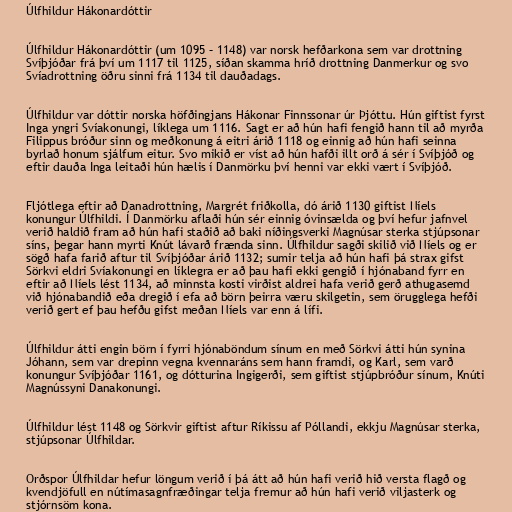
Úlfhildur Hákonardóttir

Úlfhildur Hákonardóttir (um 1095 – 1148) var norsk hefðarkona sem var drottning
Svíþjóðar frá því um 1117 til 1125, síðan skamma hríð drottning Danmerkur og svo
Svíadrottning öðru sinni frá 1134 til dauðadags.

Úlfhildur var dóttir norska höfðingjans Hákonar Finnssonar úr Þjóttu. Hún giftist fyrst
Inga yngri Svíakonungi, líklega um 1116. Sagt er að hún hafi fengið hann til að myrða
Filippus bróður sinn og meðkonung á eitri árið 1118 og einnig að hún hafi seinna
byrlað honum sjálfum eitur. Svo mikið er víst að hún hafði illt orð á sér í Svíþjóð og
eftir dauða Inga leitaði hún hælis í Danmörku því henni var ekki vært í Svíþjóð.

Fljótlega eftir að Danadrottning, Margrét friðkolla, dó árið 1130 giftist Níels
konungur Úlfhildi. Í Danmörku aflaði hún sér einnig óvinsælda og því hefur jafnvel
verið haldið fram að hún hafi staðið að baki níðingsverki Magnúsar sterka stjúpsonar
síns, þegar hann myrti Knút lávarð frænda sinn. Úlfhildur sagði skilið við Níels og er
sögð hafa farið aftur til Svíþjóðar árið 1132; sumir telja að hún hafi þá strax gifst
Sörkvi eldri Svíakonungi en líklegra er að þau hafi ekki gengið í hjónaband fyrr en
eftir að Níels lést 1134, að minnsta kosti virðist aldrei hafa verið gerð athugasemd
við hjónabandið eða dregið í efa að börn þeirra væru skilgetin, sem örugglega hefði
verið gert ef þau hefðu gifst meðan Níels var enn á lífi.

Úlfhildur átti engin börn í fyrri hjónaböndum sínum en með Sörkvi átti hún synina
Jóhann, sem var drepinn vegna kvennaráns sem hann framdi, og Karl, sem varð
konungur Svíþjóðar 1161, og dótturina Ingigerði, sem giftist stjúpbróður sínum, Knúti
Magnússyni Danakonungi.

Úlfhildur lést 1148 og Sörkvir giftist aftur Ríkissu af Póllandi, ekkju Magnúsar sterka,
stjúpsonar Úlfhildar.

Orðspor Úlfhildar hefur löngum verið í þá átt að hún hafi verið hið versta flagð og
kvendjöfull en nútímasagnfræðingar telja fremur að hún hafi verið viljasterk og
stjórnsöm kona.